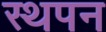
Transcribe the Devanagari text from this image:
स्थपन